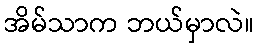
အိမ်သာက ဘယ်မှာလဲ။